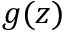
g ( z )